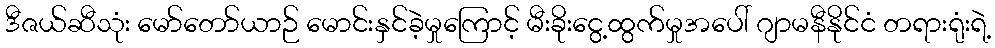
ဒီဇယ်ဆီသုံး မော်တော်ယာဉ် မောင်းနှင်ခဲ့မှုကြောင့် မီးခိုးငွေ့ထွက်မှုအပေါ် ဂျာမနီနိုင်ငံ တရားရုံးရဲ့